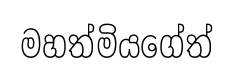
මහත්මියගේත්